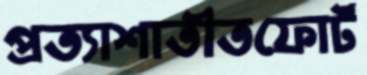
প্রত্যাশাতীতফোর্ট